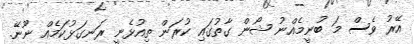
އޭރު ވެސް މަ ބުނީމެއްނު ޝޯން ގާތުގައި ކުރަން ތިއުޅެނީ ރަނގަޅުކަމެއް ނޫނޭ.